Calcutta medical institutions reports 1871-78
Year: 1871
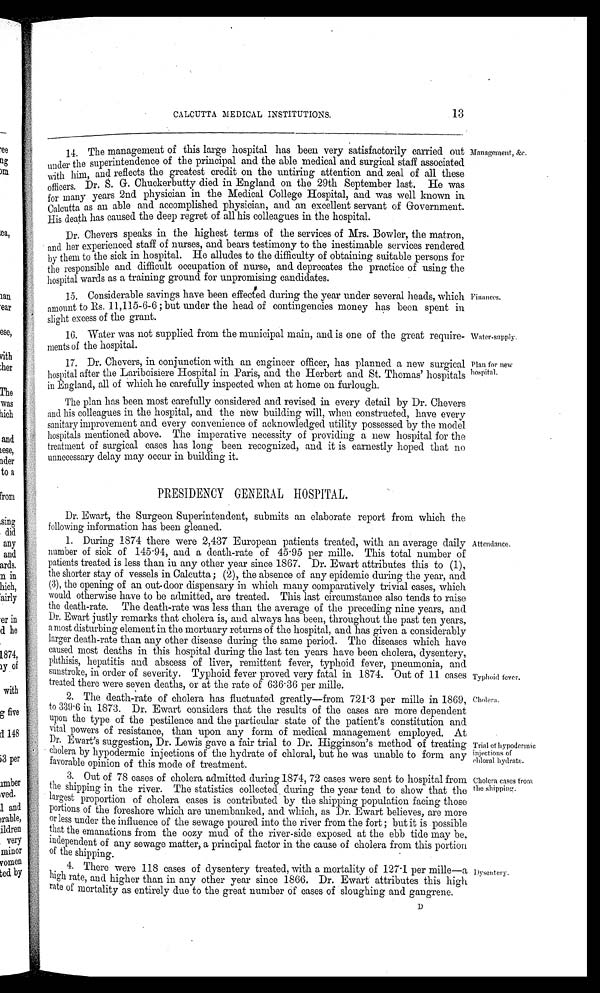
Water-supply.
Plan for new
hospital.
CALCUTTA MEDICAL INSTITUTIONS.
14. The management of this large hospital has been very satisfactorily carried out
under the superintendence of the principal and the able medical and surgical staff associated
with him, and reflects the greatest credit on the untiring attention and zeal of all these
officers. Dr. S. G. Chuckerbutty died in England on the 29th September last. He was
for many years 2nd physician in the Medical College Hospital, and was well known in
Calcutta as an able and accomplished physician, and an excellent servant of Government.
His death has caused the deep regret of. all his colleagues in the hospital.
Dr. Chevers speaks in the highest terms of the services of Mrs. Bowler, the matron,
and her experienced staff of nurses, and bears testimony to the inestimable services rendered
by them to the sick in hospital. He alludes to the difficulty of obtaining suitable persons for
the responsible and difficult occupation of nurse, and deprecates the practice of using the
hospital wards as a training ground for unpromising candidates.
15. Considerable savings have been effected during the year under several heads, which
amount to Rs. 11,115-6-6 ; but under the head of contingencies money has been spent in
slight excess of the grant.
16. Water was not supplied from the municipal main, and is one of the great require-
ments of the hospital.
17. Dr. Chevers, in conjunction with an engineer officer, has planned a new surgical
hospital after the Lariboisiere Hospital in Paris, and the Herbert and St. Thomas' hospitals
in England, all of which he carefully inspected when at home on furlough.
The plan has been most carefully considered and revised in every detail by Dr. Chevers
and his colleagues in the hospital, and the new building will, when constructed, have every
sanitary improvement and every convenience of acknowledged utility possessed by the model
hospitals mentioned above. The imperative necessity of providing a new hospital for the
treatment of surgical cases has long been recognized, and it is earnestly hoped that no
unnecessary delay may occur in building it.
Management, &c.
Fiances.
PRESIDENCY GENERAL HOSPITAL.
Dr. Ewart, the Surgeon Superintendent, submits an elaborate report from which the
following information has been gleaned.
1. During 1874 there were 2,437 European patients treated, with an average daily
number of sick of 145.94, and a death-rate of 45.95 per mille. This total number of
patients treated is less than in any other year since 1867. Dr. Ewart attributes this to (1),
the shorter stay of vessels in Calcutta ; (2), the absence of any epidemic during the year, and
(3), the opening of an out-door dispensary in which many comparatively trivial cases, which
would otherwise have to be admitted, are treated. This last circumstance also tends to raise
the death-rate. The death-rate was less than the average of the preceding nine years, and
Dr. Ewart justly remarks that cholera is, and always has been, throughout the past ten years,
a most disturbing element in the mortuary returns of the hospital, and has given a considerably
larger death-rate than any other disease during the same period. The diseases which have
caused most deaths in this hospital during the last ten years have been cholera, dysentery,
phthisis, hepatitis and abscess of liver, remittent fever, typhoid fever, pneumonia, and
sunstroke, in order of severity. Typhoid fever proved very fatal in 1874. Out of 11 cases
treated there were seven deaths, or at the rate of 636.36 per mille.
2. The death-rate of cholera has fluctuated greatly—from 721.3 per mille in 1869,
to 339.6 in 1873. Dr. Ewart considers that the results of the cases are more dependent
upon the type of the pestilence and the particular state of the patient's constitution and
vital powers of resistance, than upon any form of medical management employed. At
Dr. Ewart's suggestion, Dr. Lewis gave a fair trial to Dr. Higginson's method of treating
cholera by hypodermic injections of the hydrate of chloral, but he was unable to form any
favorable opinion of this mode of treatment.
3. Out of 78 cases of cholera admitted during 1874, 72 cases were sent to hospital from
the shipping in the river. The statistics collected during the year tend to show that the
largest proportion of cholera cases is contributed by the shipping population facing those
portions of the foreshore which are unembanked, and which, as Dr. Ewart believes, are more
or less under the influence of the sewage poured into the river from the fort ; but it is possible
that the emanations from the oozy mud of the river-side exposed at the ebb tide may be,
independent of any sewage matter, a principal factor in the cause of cholera from this portion
of the shipping.
4. There were 118 cases of dysentery treated, with a mortality of 127.1 per mille—a
high rate, and higher than in any other year since 1866. Dr. Ewart attributes this high
rate of mortality as entirely due to the great number of cases of sloughing and gangrene.
Attendance.
Typhoid fever.
Choler.
Trial of hypodermic
injections of
chloral hydrate.
Cholera cases from,
the shipping.
Dysentery.